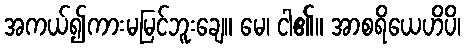
အကယ်၍ကားမမြင်ဘူးချေ။ မေ၊ ငါ၏။ အာစရိယေဟိပိ၊